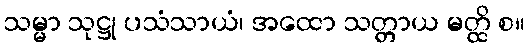
သမ္မာ သုဋ္ဌု ပသံသာယံ၊ အထော သတ္တာယ မတ္ထိ စ။